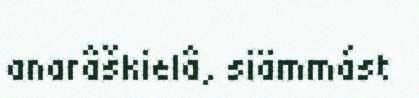
anarâškielâ, siämmást